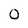
Character: 0